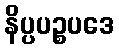
နိပ္ပပဉ္စပဒေ